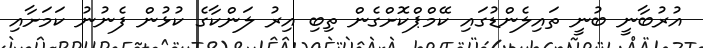
އުރުބާނީ ބުނީ ތައިލެންޑުގައި ކޭމްޕްކޮށްގެން ތިބި އިރު ލަންކާގެ ކުޅުން ފެނުނު ކަމަށާއި